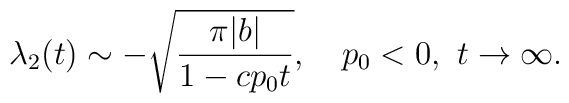
\lambda_2(t)\sim-\sqrt{\pi|b|\over1-cp_0t},\quad p_0<0,\,\,t\to\infty.